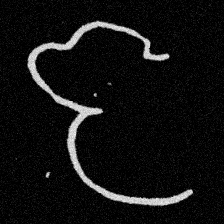
Pyu character \u2014 Myanmar letter: ဇ (romanized: ja)